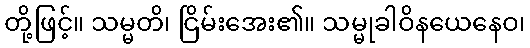
တို့ဖြင့်။ သမ္မတိ၊ ငြိမ်းအေး၏။ သမ္မုခါဝိနယေနေဝ၊